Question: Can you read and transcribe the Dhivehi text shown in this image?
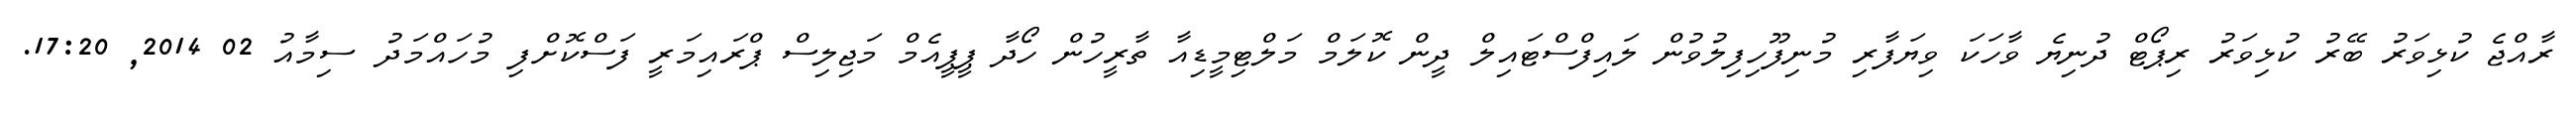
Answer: ރާއްޖެ ކުޅިވަރު ބޭރު ކުޅިވަރު ރިޕޯޓް ދުނިޔެ ވާހަކަ ވިޔަފާރި މުނިފޫހިފިލުވުން ލައިފްސްޓައިލް ދީން ކޮލަމް މަލްޓިމީޑިއާ ތާރީހުން ހޯދާ ޕީޕީއެމް މަޖިލިސް ޕްރައިމަރީ ފަސްކޮށްފި މުހައްމަދު ސިމާއު 02 2014, 17:20.